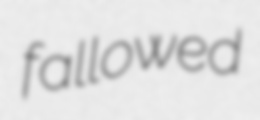
fallowed